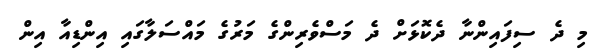
މި ދެ ސިފައިންނާ ދެކޮޅަށް ދެ މަސްވެރިންގެ މަރުގެ މައްސަލާގައި އިންޑިއާ އިން